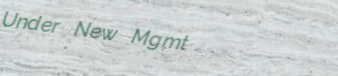
Under New Mgmt